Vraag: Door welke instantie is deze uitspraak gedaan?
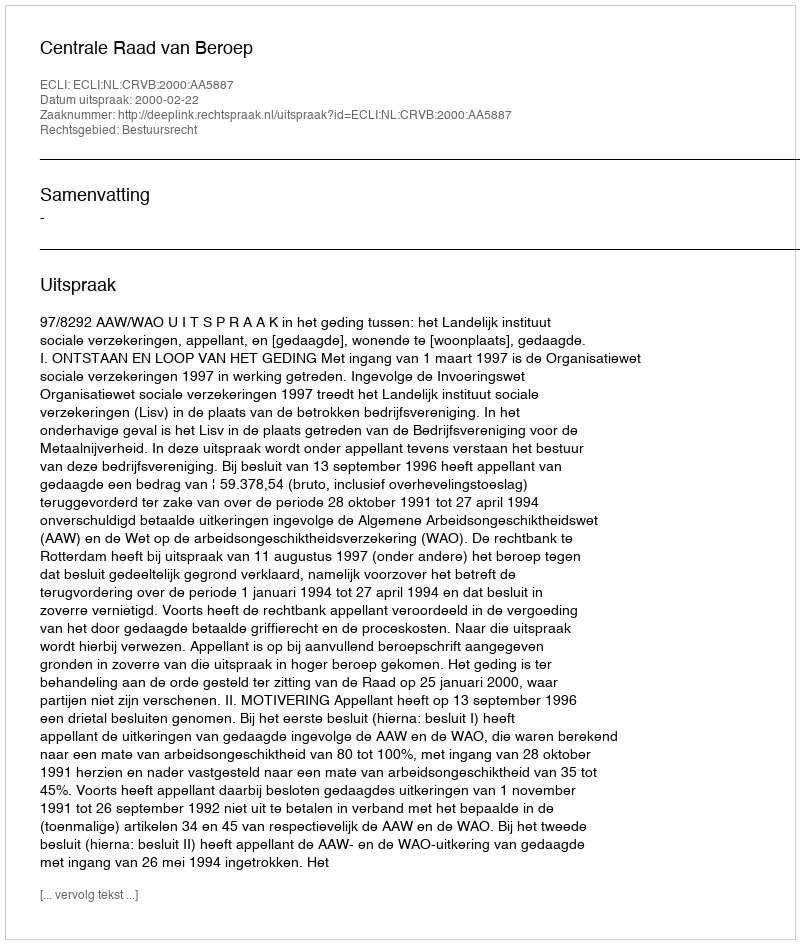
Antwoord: Centrale Raad van Beroep